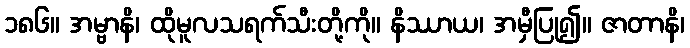
၁၈၆။ အမ္ဗာနိ၊ ထိုမူလသရက်သီးတို့ကို။ နိဿာယ၊ အမှီပြု၍။ ဇာတာနိ၊